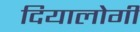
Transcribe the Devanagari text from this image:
दियालोगी